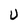
Character: U